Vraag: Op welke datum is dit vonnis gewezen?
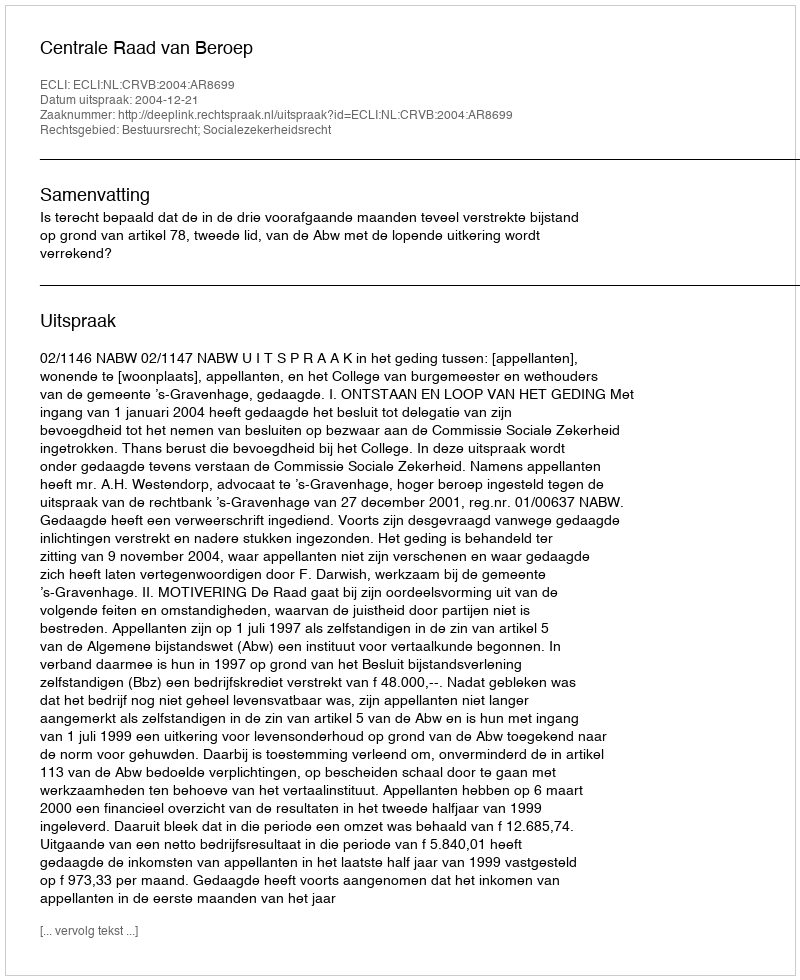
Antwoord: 2004-12-21